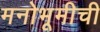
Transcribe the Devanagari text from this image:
मनोभूमीची